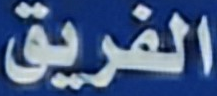
الفريق